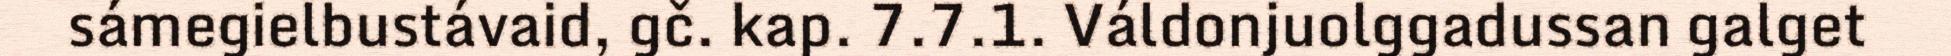
sámegielbustávaid, gč. kap. 7.7.1. Váldonjuolggadussan galget